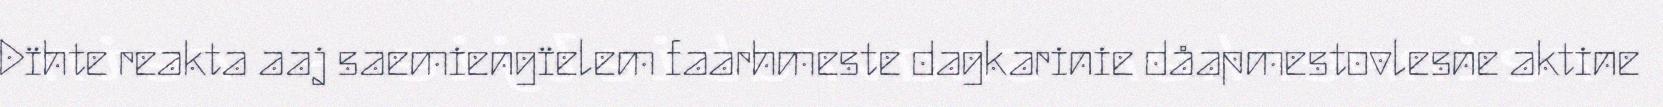
Dïhte reakta aaj saemiengïelem faarhmeste dagkarinie dåapmestovlesne aktine